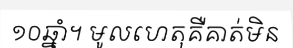
១០ឆ្នាំ។ មូលហេតុគឺគាត់មិន